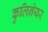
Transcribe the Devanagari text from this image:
कुलिनेयर